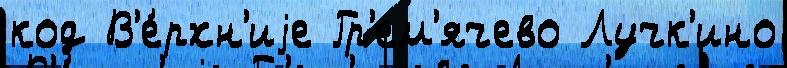
код В'е́рхн'иjе Гр'ем'ячево Лучк'ино